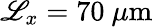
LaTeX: \mathscr{L}_{x}=70\ \mu\mathrm{{m}}